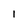
Character: l